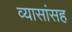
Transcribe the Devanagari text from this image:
व्यासांसह